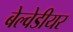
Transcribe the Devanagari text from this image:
बेल्वेडीयर